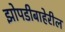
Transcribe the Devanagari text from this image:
झोपडीबाहेरील